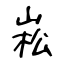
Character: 崧